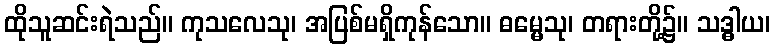
ထိုသူဆင်းရဲသည်။ ကုသလေသု၊ အပြစ်မရှိကုန်သော။ ဓမ္မေသု၊ တရားတို့၌။ သဒ္ဓါယ၊